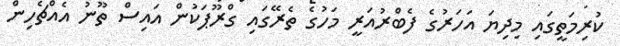
ކުރިމަތީގައި މިދިޔަ އަހަރުގެ ފެބްރުއަރީ މަހުގެ ތެރޭގައި ގްރޫޕަކުން އައިސް ތޫނު އެއްޗެހިން